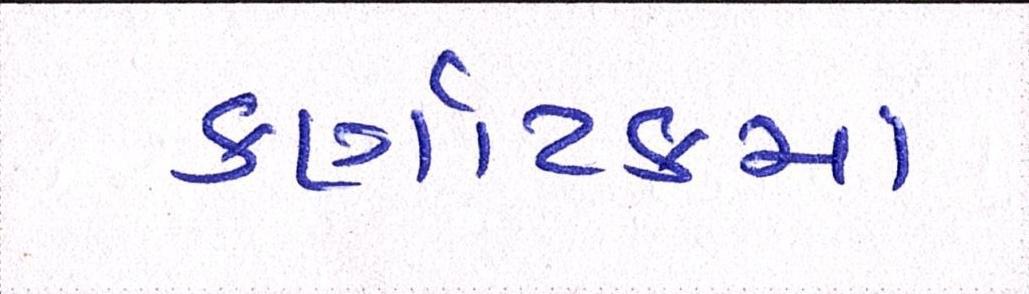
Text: કર્ણાટકમાં